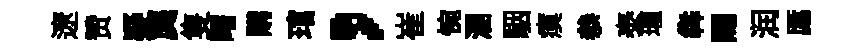
遼赞疑龔隻曙購琯，崔惋溷駰瘼叅泰瓏犇賜润厖